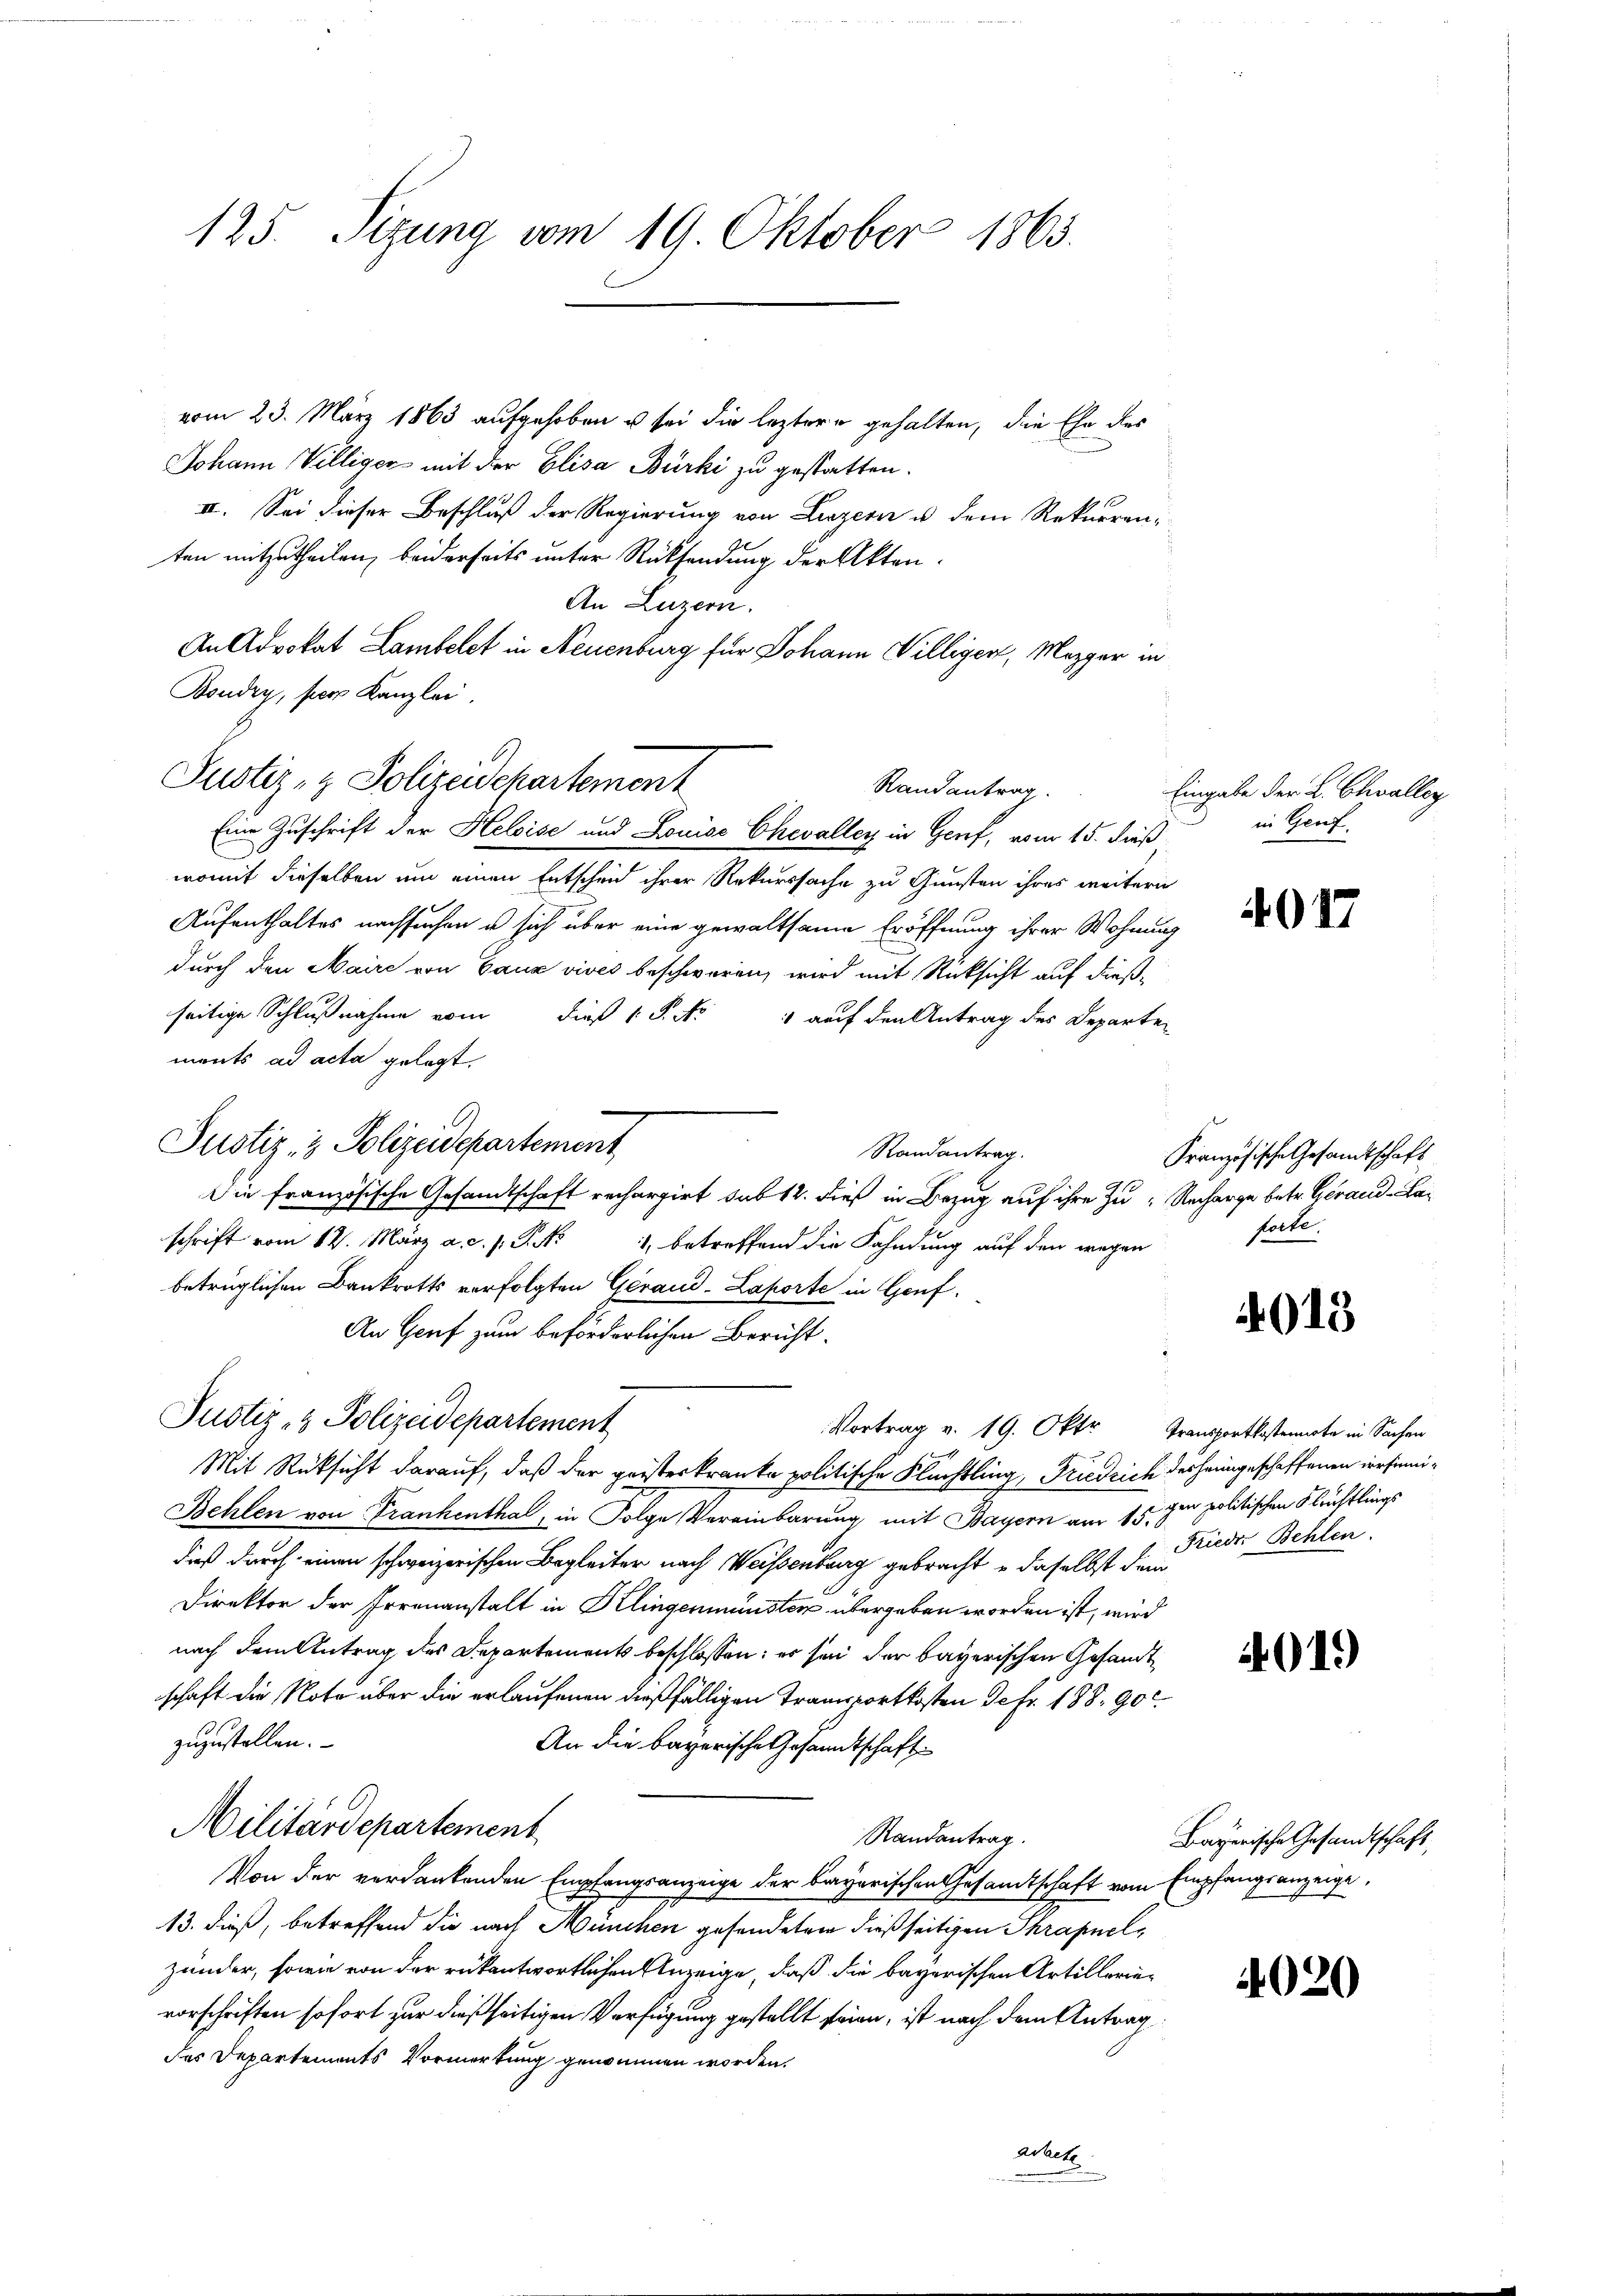
125. Sizung vom 19. Oktober 1863.

vom 23. März 1863 aufgehoben u sei die leztere gehalten, die Ehe des
Johann Villiger mit der Elisa Bürki zu gestatten.
II. Sei dieser Beschluß der Regierung von Luzern u. dem Rekurrenten mitzutheilen, beiderseits unter Rücksendung der Akten.
An Luzern.
An Advokat Lambelct in Neuenburg für Johann Villiger, Mezger in
Boudry, per Kanzlei.
Randantrag.
Eine Zuschrift der Heloise und Louise Chevalley in Genf, vom 15. dieß
womit dieselben um einen Entscheid ihrer Rekurssache zu Gunsten ihres weitern
Aufenthaltes nachsuchen u sich über eine gewaltsame Eröffnung ihrer Wohnung
durch den Maire von Ganz vives beschwaren, wird mit Rücksicht auf dießseitige Schlußnahme vom dieß 1 S. Nr. 4 auf den Antrag des Departen
ments ad acta gelegt.
Justiz- & Polizeidepartement
Randantrag.
Die französische Gesandtschaft rechargirt sub 14. dieß in Bezug auf ihre Zu- Recharge betr. Gerand -Laschrift vom 12. März a. c. s. S. No 1, betreffend die Fahndung auf den wegen
betrüglichen Bankrotts verfolgten Gerand-Laporte in Genf,
An Genf zum beförderlichen Bericht.
Justiz- & Polizeidepartement
Vortrag v. 19. Oktr. Transportkostenarte in Sachen
Mit Rüksicht darauf, daß der geisteskranke politische Flüchtling, Friedrich des heimgeschaffenen irrsinni¬
Behlen von Frankenthal, in Folge Vereinbarung mit Bayern am 15. zur politischen Flüchtlings
daß durch einen schweizerischen Begleiter nach Weissenburg gebracht u daselbst dem
Direktor der Irrenanstalt in Klingenmünsten übergeben worden ist, wird
nach dem Antrag des Departements beschlossen: es sei der bayerischen Gesandtschaft die Note über die erlaufenen dießfälligen Transportkosten Defr. 188. 900.
zuzustellen.
An die bayerische Gesandtschaft
Militärdepartement
Randantrag.
Von der verdankenden Empfangsanzeige der bayerischen Gesamtschaft vom Empfangsanzeige,
13. dieß, betreffend die nach München gesendeten dießseitigen Thrapnelzänder, sowie von der rükantwortlichen Anzeige, daß die bayerischen Artillerievorschriften sofort zur dießseitigen Verfügung gestellt seien, ist nach dem Antrag
des Departements Vormerkung genommen worden.
Achch

Justiz- & Polizeidepartement

Eingabe der L. Challey
 in Graf.

4017

Französische Gesandtschaft
torte.

015

Frieder Behlen.

019)

Bayerische Gesandtschaft,

4020